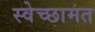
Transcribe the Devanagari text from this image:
स्वेच्छामत